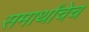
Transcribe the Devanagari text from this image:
समार्थांचेच